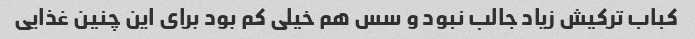
کباب ترکیش زیاد جالب نبود و سس هم خیلی کم بود برای این چنین غذایی